Civil Veterinary Dept. North-West Frontier Province 1933-46 - 1933-1946
Year: 1933
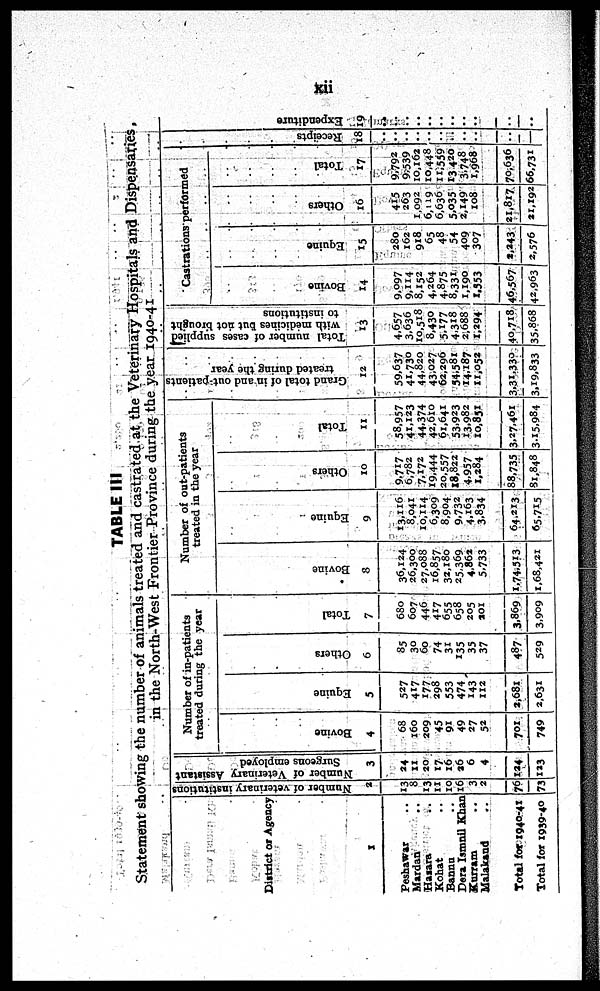
xii
TABLE III
Statement showing the number of animals treated and castrated at the Veterinary Hospitals and Dispensaries,
in the North-West Frontier Province during the year 1940-41
District or Agency
1
Peshawar ..
Mardan ..
Hazara ..
Kohat ..
Bannu ..
Dera Ismail Khan ..
Kurram ..
Malakand ..
Total for 1940-41
Total for 1939-40
Number of veterinary institutions
2
13
8
13
11
10
16
3
2
76
73
Number of Veterinary Assistant
Surgeons employed
3
24
11
20
17
16
26
6
4
124
123
Number of in-patients
treated during the year
Bovine
4
68
160
209
45
91
49
27
52
701
749
Equine
5
527
417
177
298
553
474
143
112
2,681
2,631
Ot her s
6
85
30
60
74
31
135
35
37
487
529
Tot al
7
680
607
446
417
655
658
205
201
3,869
3.909
Number of out-patients
treated in the year
Bovine
8
36,124
26,300
27,088
16,857
32,180
25,369
4.862
5.733
1,74,513
1,68,421
Equine
9
13,116
8,041
10,114
6,309
8,904
9,732
4,163
3,834
64,213
65,715
Ot her s
10
9,717
6,782
7,172
19,444
20,557
18,822
4,957
1,284
88,735
81,848
Tot al
11
58,957
41,123
44.374
42,610
61,641
53.923
13,982
10,851
3,27,461
3,15,984
Grand total of in and out-patients
treated during the year
12
59.637
41,730
44,820
43,027
62,296
54,581
14,187
11,052
3,31,330
3,19,833
Total number of cases supplied
with medicines but not brought
to institutions
13
4.657
3,636
10,518
8,430
5,177
4,318
2,688
1,294
40,718
35,868
Castrations performed
Bovi ne
14
9.097
9,114
8,152
4,264
4,875
8,331
1,190
1,553
46.567
42.963
Equine
15
280
162
918
65
48
54
409
307
2,243
2,576
Ot her s
16
415
263
1,092
6,119
6,636
5,035
2,149
108
21,817
21,192
Tot al
17
9,792
9,539
10,162
10,448
11,559
13,420
3,748
1,968
70,636
66,731
Recei pt s
18
..
..
..
..
..
..
..
..
..
..
Expe ndi t
ur e
19
..
..
..
..
..
..
..
..
..
..